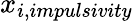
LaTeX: x_{i,\textit{impulsivity}}